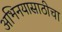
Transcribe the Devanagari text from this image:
अभिनयासाठीचा